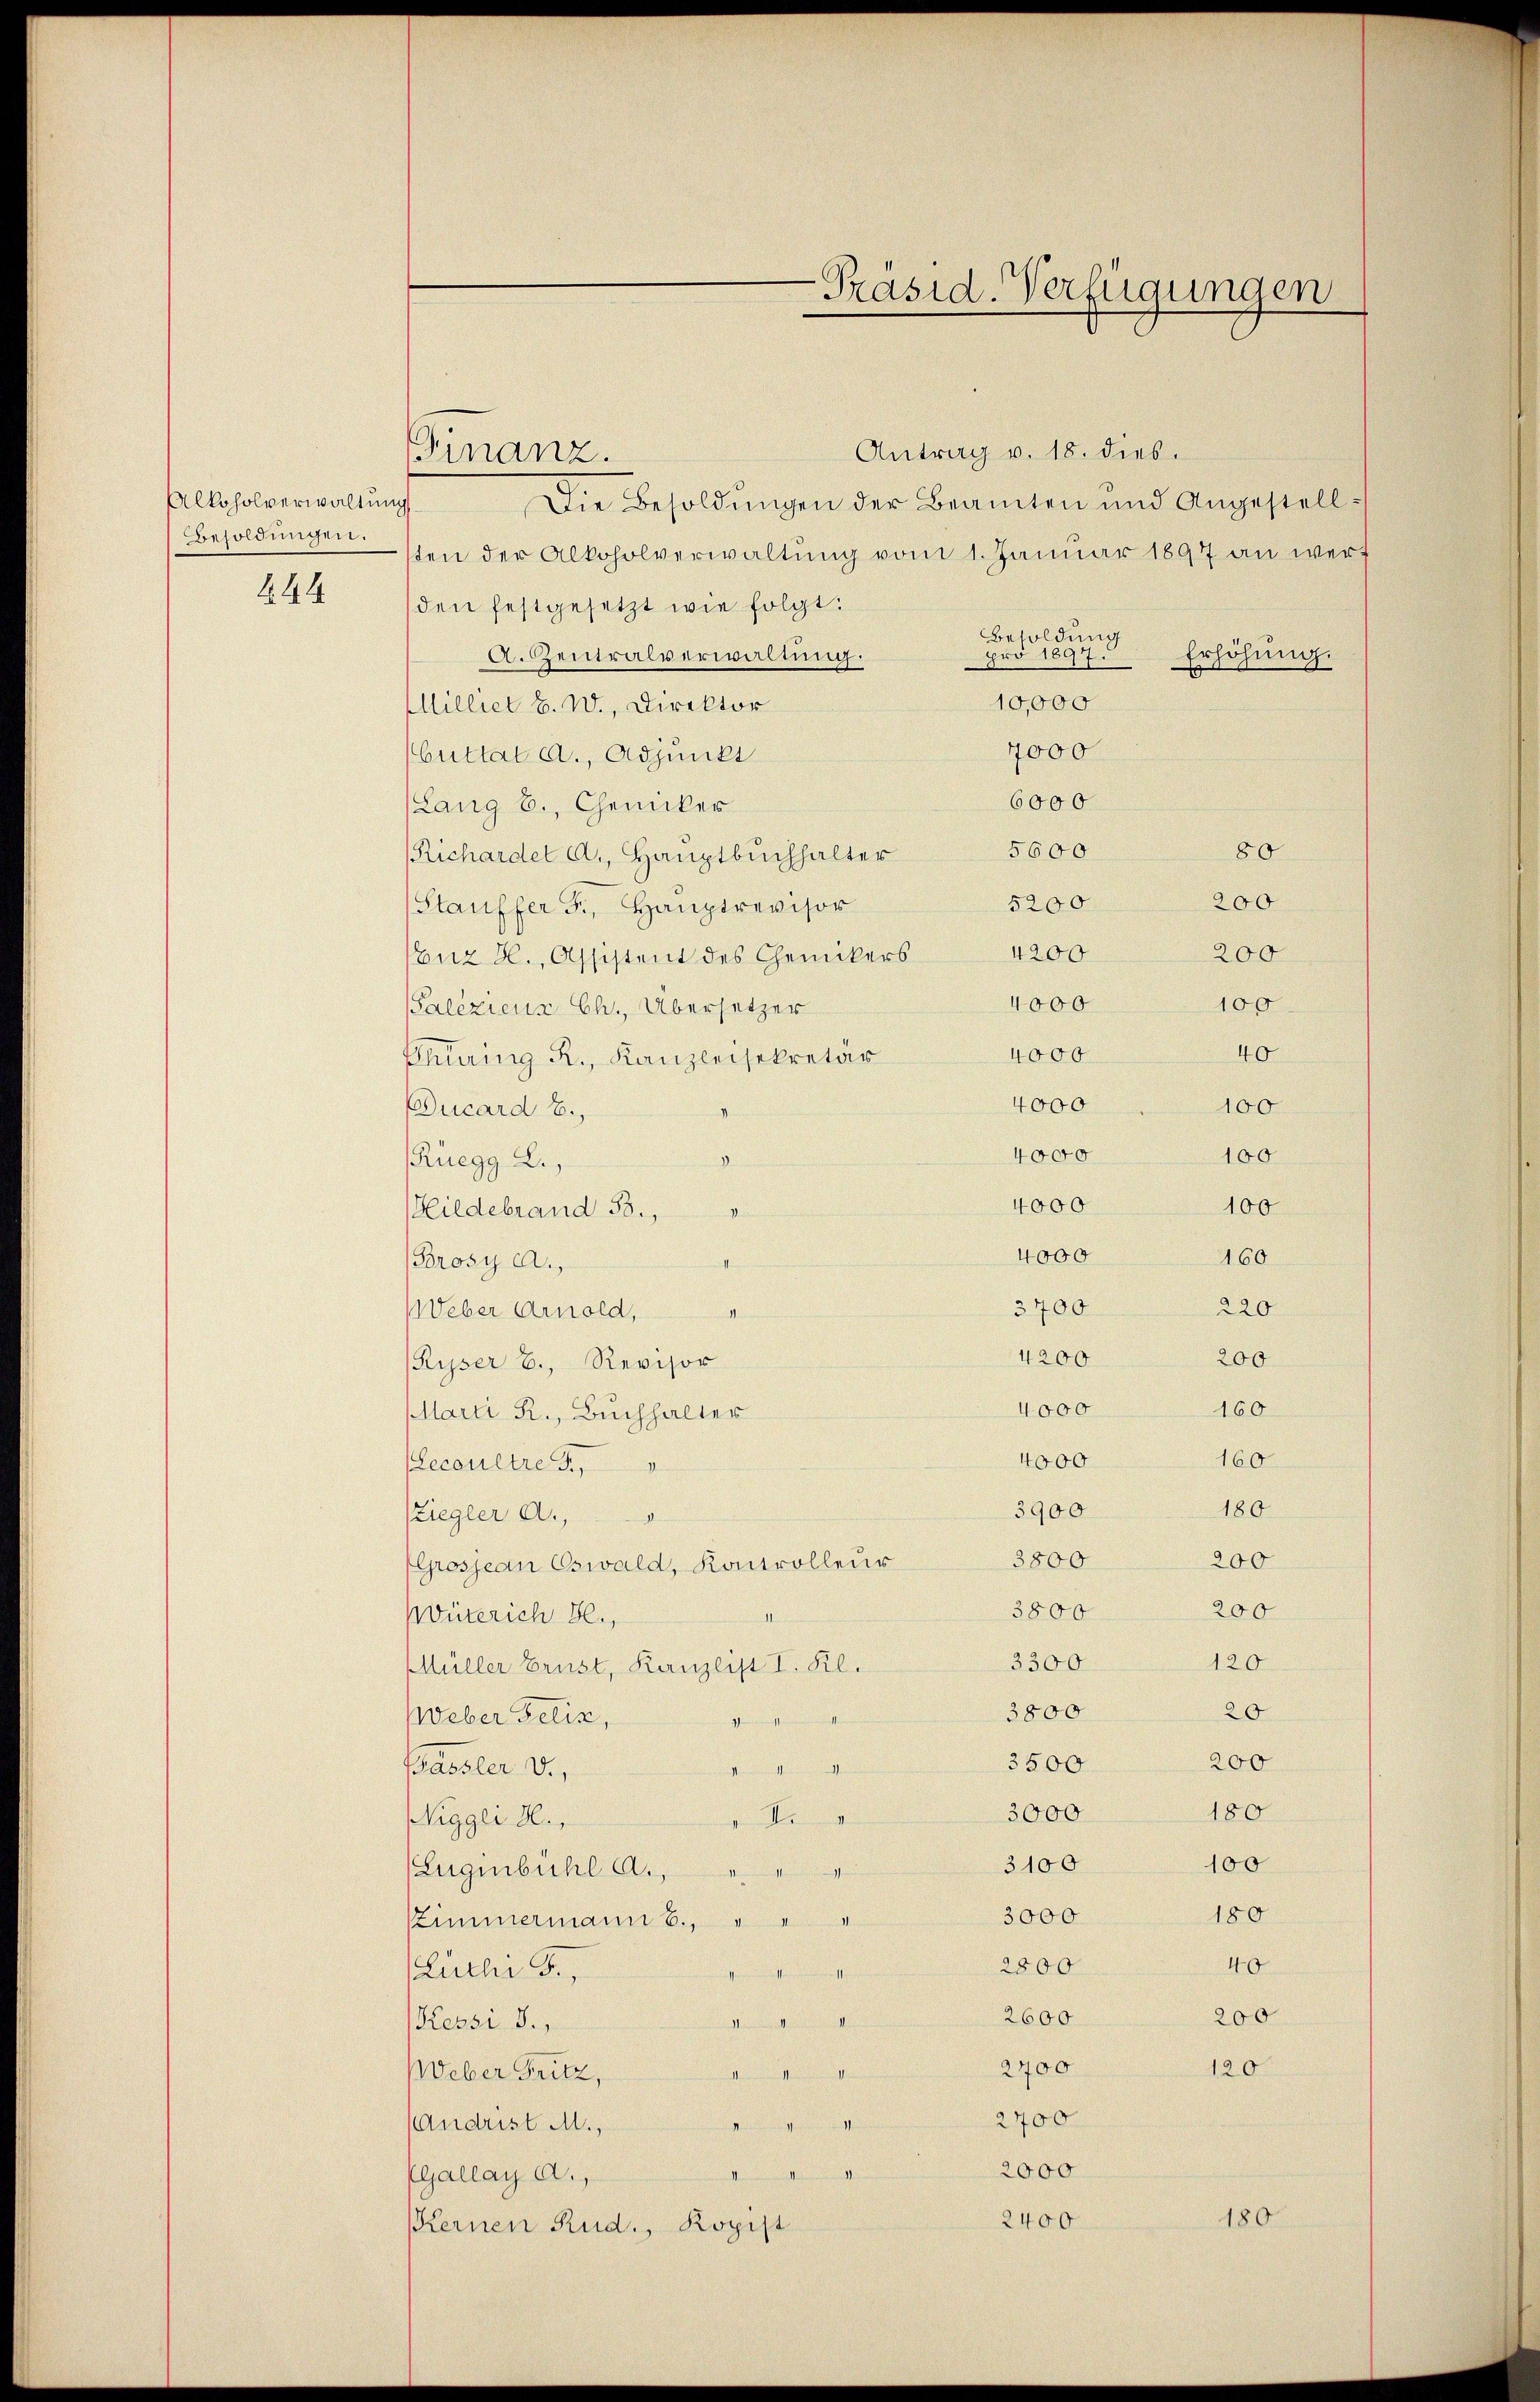
Alkoholverwaltung
Besoldungen.

444

Ginanz.

-Präsid. Verfügungen

Antrag v. 18. dies.
Die Besoldŭngen der Beamten und Angestell-
sten der Alkoholverwaltung vom 1. Januar 1897 an werf
den festgesetzt wie folgt.
Besoldung
A. Zentralverwaltung.
pro 1897.
Erhöhung.
10,000
Milliet S. W., Direktor
4000
Guttal a., Adjunkt
6000
(Lang b., Chemiker
5600
80
Richardel A., Hauptbuchhalter
200
5200
(Stauffer F., Hauptrevisor
200
Enz H., Assistent des Chemikers 4200
4000
100
Palizienr Ch., Übersetzer
40
4000
Ehlering R., Kanzleisekretär
4000
100
Ducard b.,
4000
100
Rüegg L.,
I
4000
100
Hildebrand 33.
4000
160
Brosy a.,
220
3700
Weber Arnold,
4200
200
Ryser B., Revisor
4000
160
MMarti R., Buchhalter
160
4000
Secaultre F
180
3900
Ziegler A.,
3800
200
Grosjean Oswald, Kontrolleur
3800
200
Wüterich Bl.,
120
3300
Müller Brust, Kanzlist I. Kl.
3800
20
Weber Felix,
.
200
3500
Bassler v.
littenen in
180
3000
F
Niggli d.
3100
100
Luginbühl a.,
180
3000
SZimmermann B.,
40
2800
Luthi J.,
200
2600
Kessi J.,
2400
120
Weber Fritz,
2700
(Andrist M.,
2000
EGallay a.,
180
2400
Kernen Rud. Kopist